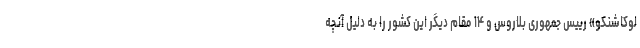
لوکاشنکو» رییس جمهوری بلاروس و ۱۴ مقام دیگر این کشور را به دلیل آنچه